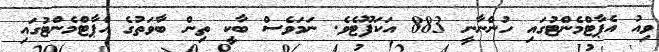
ވިއު އެޕާޓްމެންޓުގައި ހުންނާނީ 883 އަކަފޫޓެވެ. ނަމަވެސް ބާކީ ތިން ބާވަތުގެ އެޕާޓްމެންޓުގައި